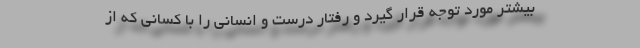
بیشتر مورد توجه قرار گیرد و رفتار درست و انسانی را با کسانی که از